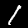
Label: 1